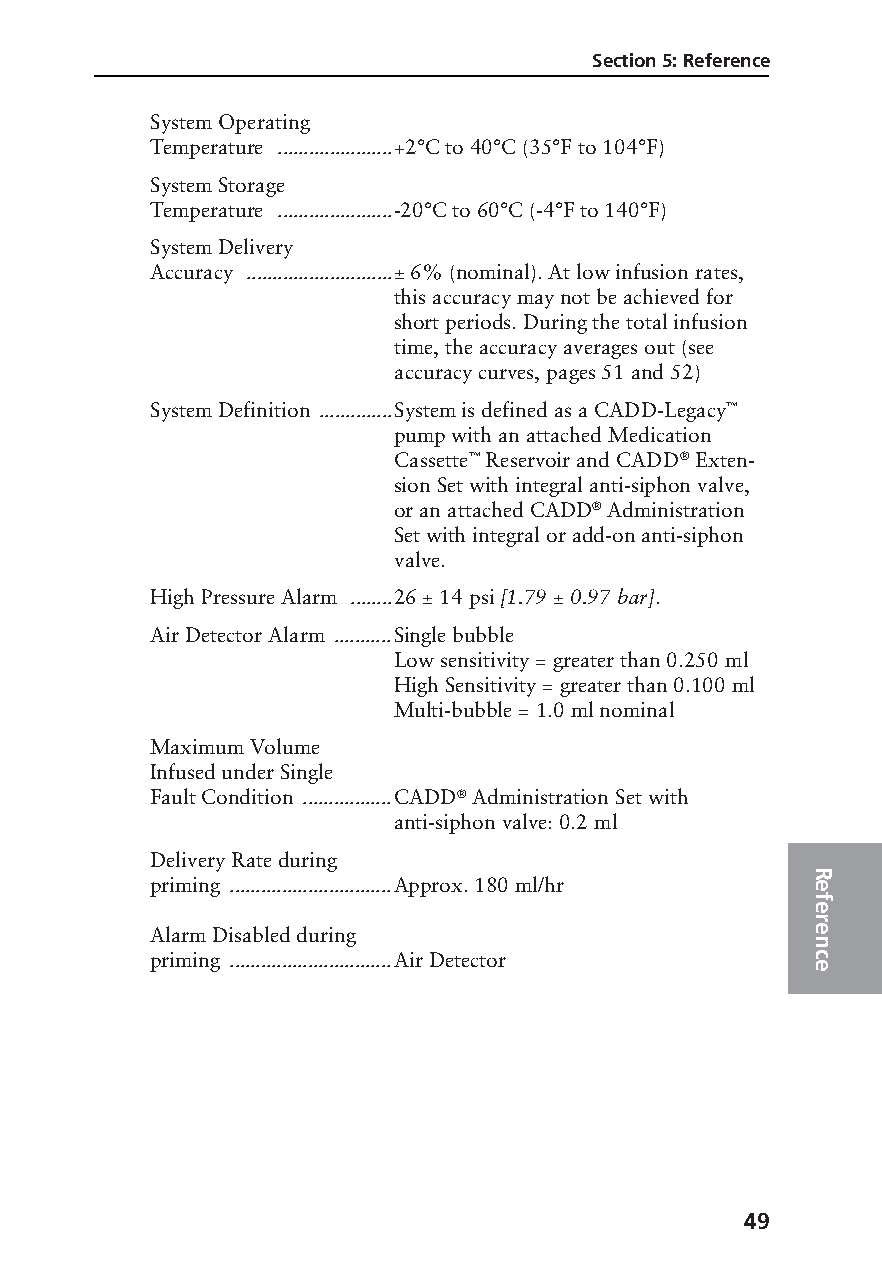
Section 5: Reference
 System Operating
 Temperature ......................+2°C to 40°C (35°F to 104°F)
 System Storage
 Temperature ......................-20°C to 60°C (-4°F to 140°F)
 System Delivery
 Accuracy ............................± 6% (nominal). At low infusion rates,
 this accuracy may not be achieved for
 short periods. During the total infusion
 time, the accuracy averages out (see
 accuracy curves, pages 51 and 52)
 System Definition ..............System is defined as a CADD-Legacy™
 pump with an attached Medication
 Cassette™ Reservoir and CADD® Exten-
 sion Set with integral anti-siphon valve,
 or an attached CADD® Administration
 Set with integral or add-on anti-siphon
 valve.
 High Pressure Alarm ........26 ± 14 psi [1.79 ± 0.97 bar].
 Air Detector Alarm ...........Single bubble
 Low sensitivity = greater than 0.250 ml
 High Sensitivity = greater than 0.100 ml
 Multi-bubble = 1.0 ml nominal
 Maximum Volume
 Infused under Single
 Fault Condition .................CADD® Administration Set with
 anti-siphon valve: 0.2 ml
 Delivery Rate during
 R
 priming ...............................Approx. 180 ml/hr e
 f
 e
 r
 Alarm Disabled during                       e
 n
 priming ...............................Air Detector c
 e
 49
 PROOF (LR #3086), 2000-03-16 «3935-51D Manual, Legacy 1»